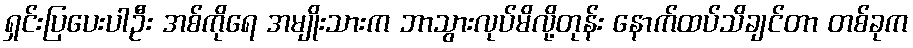
ရှင်းပြပေးပါဦး အစ်ကိုရေ အမျိုးသားက ဘာသွားလုပ်မိလို့တုန်း နောက်ထပ်သိချင်တာ တစ်ခုက